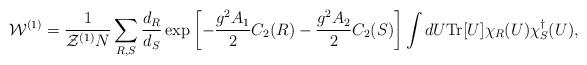
LaTeX: \begin{align*}{\cal W}^{(1)}={1\over {\cal Z}^{(1)} N}\sum_{R,S} \frac{d_{R}}{d_{S}}\exp\left[-{{g^2 A_1}\over 2}C_2(R)-{{g^2 A_2}\over 2}C_2(S)\right]\int dU {\rm Tr}[U]\chi_{R}(U) \chi_{S}^{\dagger}(U),\end{align*}